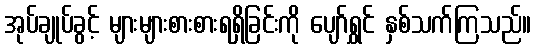
အုပ်ချုပ်ခွင့် များများစားစားရရှိခြင်းကို ပျော်ရွှင် နှစ်သက်ကြသည်။